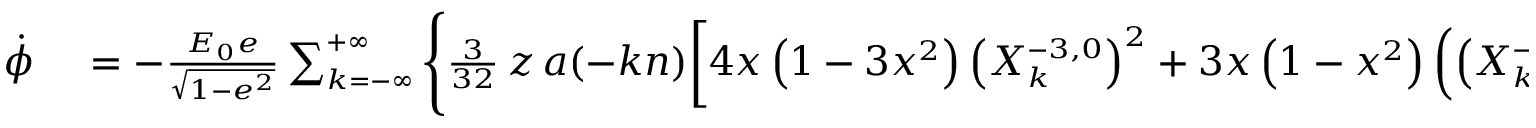
\small \begin{array} { r l } { \dot { \phi } } & { { } = - \frac { { \cal E } _ { 0 } e } { \sqrt { 1 - e ^ { 2 } } } \sum _ { k = - \infty } ^ { + \infty } \Bigg \{ \frac { 3 } { 3 2 } \, z \, a ( - k n ) \bigg [ 4 x \left( 1 - 3 x ^ { 2 } \right) \left( X _ { k } ^ { - 3 , 0 } \right) ^ { 2 } + 3 x \left( 1 - x ^ { 2 } \right) \left( \left( X _ { k } ^ { - 3 , - 2 } \right) ^ { 2 } + \left( X _ { k } ^ { - 3 , 2 } \right) ^ { 2 } \right) } \end{array}